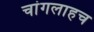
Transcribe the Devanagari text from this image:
चांगलाहच